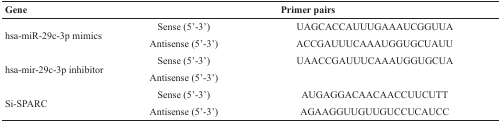
| Gene | <COLSPAN=2> Primer pairs |
 | --- | --- | --- |
 | <ROWSPAN=2> hsa-miR-29c-3p mimics | Sense (5’-3’) | UAGCACCAUUUGAAAUCGGUUA |
 | Antisense (5’-3’) | ACCGAUUUCAAAUGGUGCUAUU |
 | <ROWSPAN=2> hsa-mir-29c-3p inhibitor | Sense (5’-3’) | UAACCGAUUUCAAAUGGUGCUA |
 | Antisense (5’-3’) |  |
 | <ROWSPAN=2> Si-SPARC | Sense (5’-3’) | AUGAGGACAACAACCUUCUTT |
 | Antisense (5’-3’) | AGAAGGUUGUUGUCCUCAUCC |